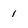
Character: 1